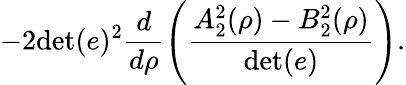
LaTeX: -2\mathrm{det}(e)^{2}\frac{d}{d\rho}\left(\frac{A_{2}^{2}(\rho)-B_{2}^{2}(\rho)}{\mathrm{det}(e)}\right).